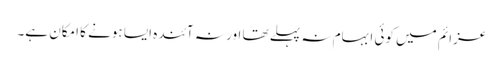
عزائم میں کوئی ابہام نہ پہلے تھا اور نہ آئندہ ایسا ہونے کا امکان ہے۔